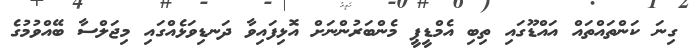
ގިނަ ކަންތައްތައް އައްޑޫގައި ތިބި އެމްޑީޕީ މެންބަރުންނަށް އޮޅިފައިވާ ދަނޑިވަޅެއްގައި މިޖަލްސާ ބޭއްވުމުގެ